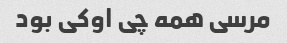
مرسی همه چی اوکی بود